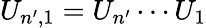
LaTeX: U_{n^{\prime},1}=U_{n^{\prime}}\cdots U_{1}